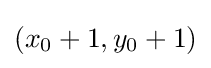
(x_{0}+1,y_{0}+1)